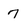
Character: 7